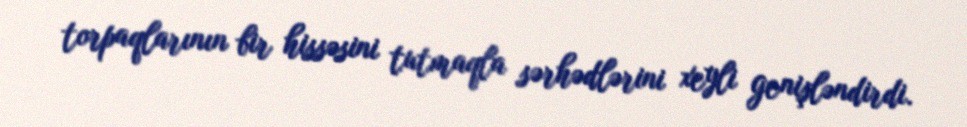
torpaqlarının bir hissəsini tutmaqla sərhədlərini xeyli genişləndirdi.